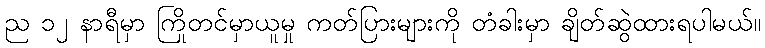
ည ၁၂ နာရီမှာ ကြိုတင်မှာယူမှု ကတ်ပြားများကို တံခါးမှာ ချိတ်ဆွဲထားရပါမယ်။